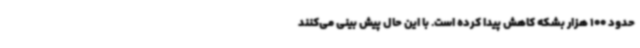
حدود 100 هزار بشکه کاهش پیدا کرده است. با این حال پیش بینی می‌کنند